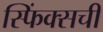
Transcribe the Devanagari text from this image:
स्फिंक्सची